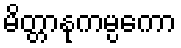
မိတ္တာနုကမ္ပကော